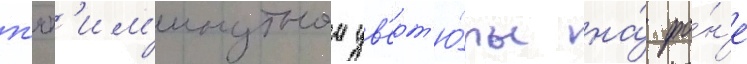
п'ят'им'инутнои ув'ерт'ю́ры на́ фо́н'е